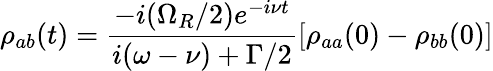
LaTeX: \rho_{ab}(t)={\frac{-i(\Omega_{R}/2)e^{-i\nu t}}{i(\omega-\nu)+\Gamma/2}}[\rho_{aa}(0)-\rho_{bb}(0)]